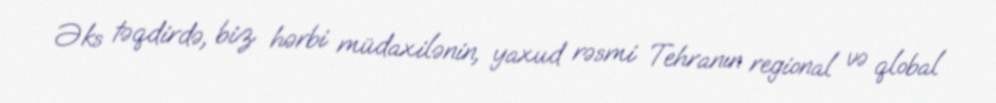
Əks təqdirdə, biz hərbi müdaxilənin, yaxud rəsmi Tehranın regional və qlobal